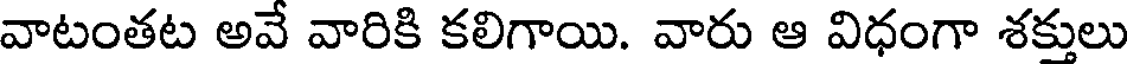
వాటంతట అవే వారికి కలిగాయి. వారు ఆ విధంగా శక్తులు